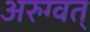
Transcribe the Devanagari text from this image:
अरुग्वत्